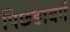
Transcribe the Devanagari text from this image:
पिछडावर्ग